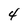
Character: 4